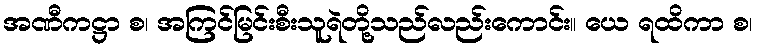
အဏီကဋ္ဌာ စ၊ အကြင်မြင်းစီးသူရဲတို့သည်လည်းကောင်း။ ယေ ရထိကာ စ၊